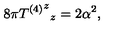
8 \pi { { T ^ { ( 4 ) } } ^ { z } } _ { z } = 2 \alpha ^ { 2 } ,